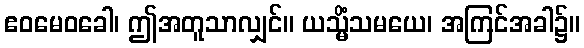
ဧဝမေဝခေါ၊ ဤအတူသာလျှင်။ ယသ္မိံသမယေ၊ အကြင်အခါ၌။